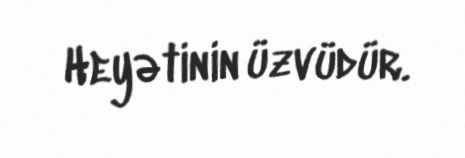
Heyətinin üzvüdür.